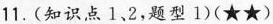
11.(知识点1、2，题型1)(\star\star)